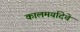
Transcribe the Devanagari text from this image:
कालमर्यादेचे